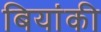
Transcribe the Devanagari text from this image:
बियांकी